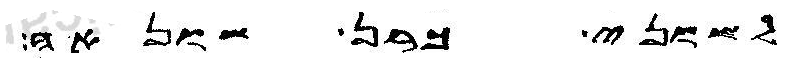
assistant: לשוני כרן שונאה